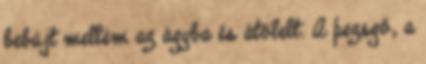
bebújt mellém az ágyba és átölelt. A pezsgő, a